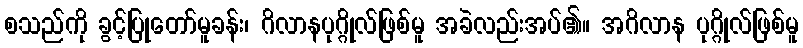
စသည်ကို ခွင့်ပြုတော်မူခန်း၊ ဂိလာနပုဂ္ဂိုလ်ဖြစ်မူ အခဲလည်းအပ်၏။ အဂိလာန ပုဂ္ဂိုလ်ဖြစ်မူ